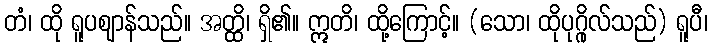
တံ၊ ထို ရူပဈာန်သည်။ အတ္ထိ၊ ရှိ၏။ ဣတိ၊ ထို့ကြောင့်။ (သော၊ ထိုပုဂ္ဂိုလ်သည်) ရူပီ၊